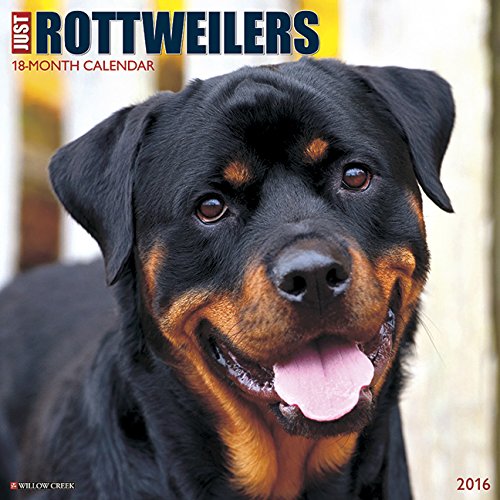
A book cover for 2016 Just Rottweilers Wall Calendar; Willow Creek Press; Calendars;